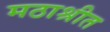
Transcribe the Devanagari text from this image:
मठाश्रीत